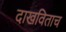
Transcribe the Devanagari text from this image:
दाखविताच